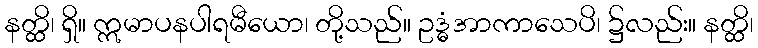
နတ္ထိ၊ ရှိ။ ဣမာပနပါရမီယော၊ တို့သည်။ ဥဒ္ဓံအာကာသေပိ၊ ၌လည်း။ နတ္ထိ၊